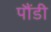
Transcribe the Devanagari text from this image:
पौंडी